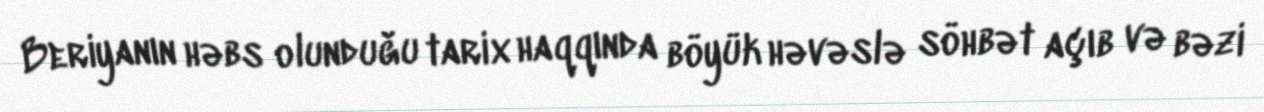
Beriyanın həbs olunduğu tarix haqqında böyük həvəslə söhbət açıb və bəzi